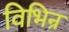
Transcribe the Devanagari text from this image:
विभिन्र